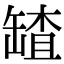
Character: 𦉆